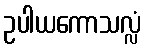
ဥပါယကောသလ္လံ